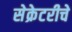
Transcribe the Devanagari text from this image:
सेक्रेटरीचे